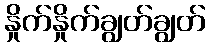
နှိုက်နှိုက်ချွတ်ချွတ်